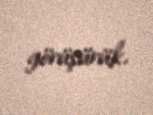
görüşürük.